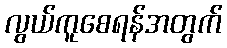
လွယ်ကူစေရန်အတွက်